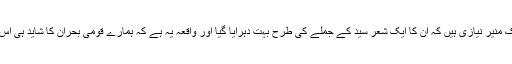
اس عہد کے شعرا میں ایک منیر نیازی ہیں کہ ان کا ایک شعر سیّد کے جملے کی طرح بہت دہرایا گیا اور واقعہ یہ ہے کہ ہمارے قومی بحران کا شاید ہی اس سے بہتر ابلاغ ہو سکے۔